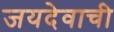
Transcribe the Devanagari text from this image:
जयदेवाची